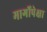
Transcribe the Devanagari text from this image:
मार्गोपेक्षा